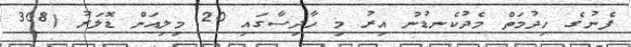
ފެނުގެ ހިދުމަތް މެދުކެނޑުނު އިރު މި ހާދިސާގައި 20 މިލިއަން ޑޮލަރު (308